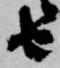
由